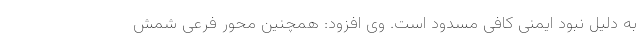
به دلیل نبود ایمنی کافی مسدود است. وی افزود: همچنین محور فرعی شمش